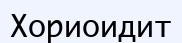
Хориоидит